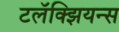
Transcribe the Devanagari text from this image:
टलॅक्झियन्स